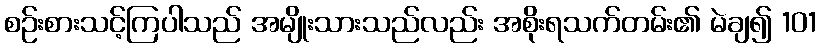
စဉ်းစားသင့်ကြပါသည် အမျိုးသားသည်လည်း အစိုးရသက်တမ်း၏ မဲချ၍ 101